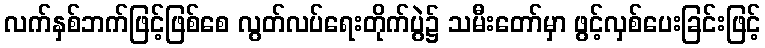
လက်နှစ်ဘက်ဖြင့်ဖြစ်စေ လွတ်လပ်ရေးတိုက်ပွဲ၌ သမီးတော်မှာ ဖွင့်လှစ်ပေးခြင်းဖြင့်